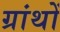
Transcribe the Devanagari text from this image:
ग्रांथों